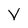
Character: V